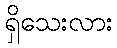
ရှိသေးလား